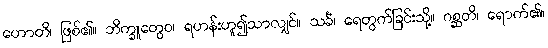
ဟောတိ၊ ဖြစ်၏။ ဘိက္ခူတွေဝ၊ ရဟန်းဟူ၍သာလျှင်။ သင်္ခံ၊ ရေတွက်ခြင်းသို့။ ဂစ္ဆတိ၊ ရောက်၏။